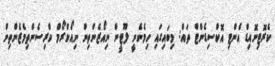
ކެރޮޓިނޮއިޑް އެންޓި އޮކްސިޑެންޓް ތައް: މިބައިގައި ހިމެނެނީ ލޫޓީން ނިއޯޒެންތިން ނިއޯކްރޯމް ކްރިސެންތިމެޒެންތިން